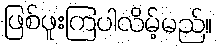
ဖြစ်ဖူးကြပါလိမ့်မည်။